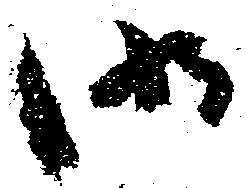
御